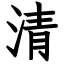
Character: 清